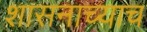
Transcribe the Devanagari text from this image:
शासनाच्याच